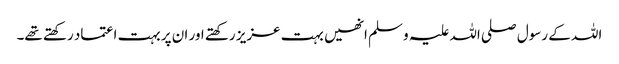
اللہ کے رسول صلی اللہ علیہ و سلم انھیں بہت عزیز رکھتے اور ان پر بہت اعتماد رکھتے تھے۔